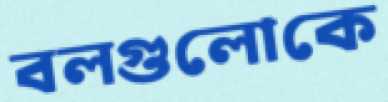
বলগুলোকে